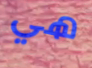
هي